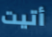
أتيت